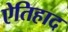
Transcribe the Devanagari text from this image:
ऐतिहाद